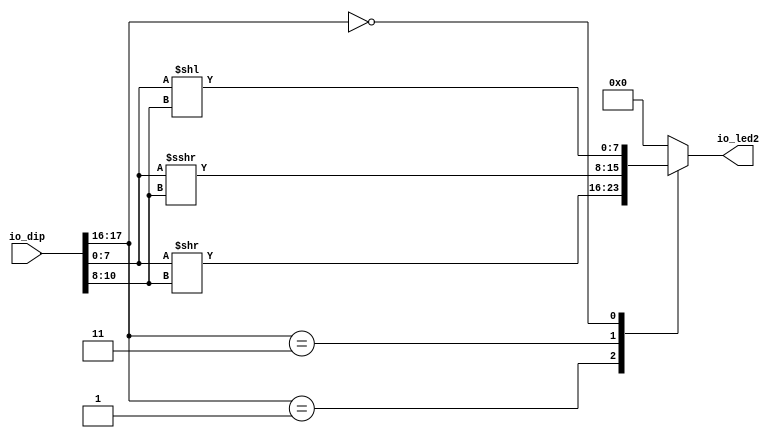
module shift_9 (
    output reg [7:0] io_led2,
    input [23:0] io_dip
  );
  
  
  
  reg [7:0] result4;
  
  always @* begin
    result4 = 8'h00;
    
    case (io_dip[16+0+1-:2])
      1'h1: begin
        result4 = io_dip[0+7-:8] >> io_dip[8+0+2-:3];
      end
      2'h3: begin
        result4 = $signed(io_dip[0+7-:8]) >>> io_dip[8+0+2-:3];
      end
      1'h0: begin
        result4 = io_dip[0+7-:8] << io_dip[8+0+2-:3];
      end
    endcase
    io_led2 = result4[0+7-:8];
  end
endmodule